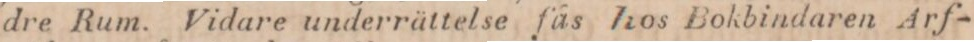
dre Rum. Vidare underrättelse fas hos Bokbindaren Arf-